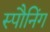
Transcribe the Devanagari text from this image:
स्पौनिंग